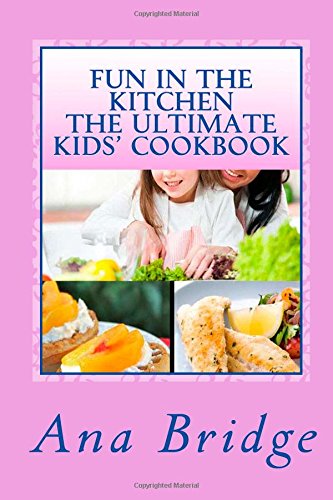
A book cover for Fun in the Kitchen The Ultimate Kids' Cookbook: Featuring Easy Recipes That They Can Do On Their Own With Trivia; Ana Bridge; Teen & Young Adult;